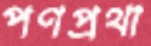
পণপ্রথা